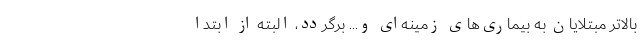
بالاتر مبتلایان به بیماری‌های زمینه‌ای و... برگردد، البته از ابتدا